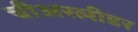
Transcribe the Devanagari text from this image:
चीअरलीडर